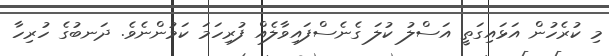
މި ކުރެހުން އަޅައިގަތީ އަސްލު ކުލަ ގެނެސްފައިވާލެއް ފުރިހަމަ ކަމުންނެވެ. ދަނބުގެ ހުރިހާ